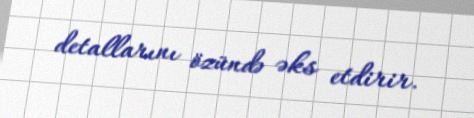
detallarını özündə əks etdirir.